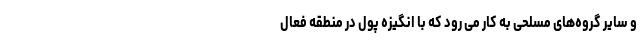
و سایر گروه‌های مسلحی به کار می رود که با انگیزه پول در منطقه فعال